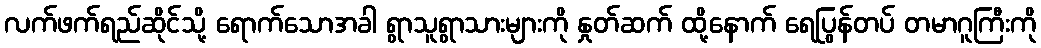
လက်ဖက်ရည်ဆိုင်သို့ ရောက်သောအခါ ရွာသူရွာသားများကို နှုတ်ဆက် ထို့နောက် ရေပြွန်တပ် တမာဂူကြီးကို